Sanitation, dispensaries and jails vaccination Rajputana 1922-1927 - 1922-1927
Year: 1922
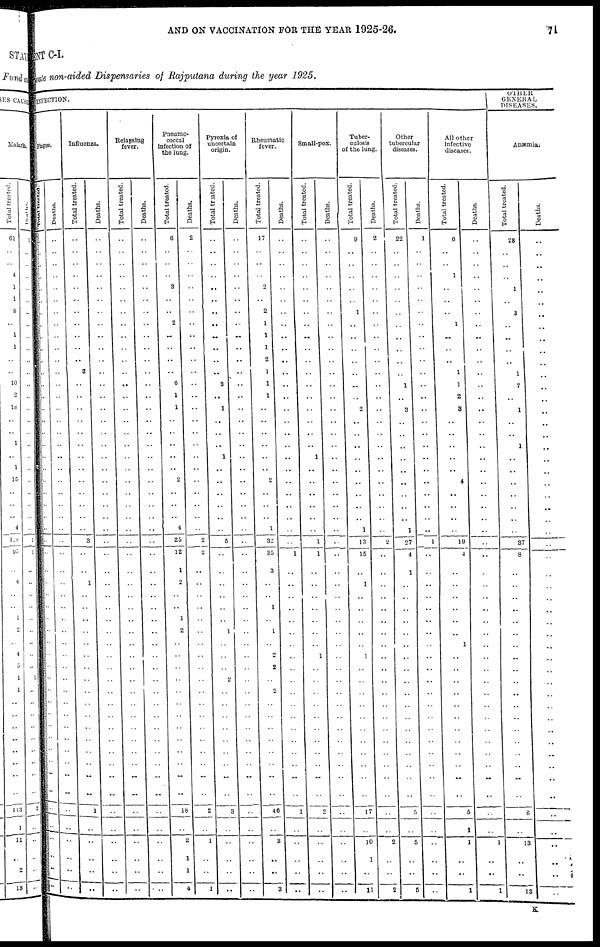
AND ON VACCINATION FOR THE YEAR 1925-26.
71
MENT C-I.
Private non-aided Dispensaries of Rajputana during the year 1925.
INFECTION.
Plague.
Total
treated.
..
..
..
..
..
..
..
..
..
..
..
..
..
..
..
..
..
..
..
..
..
..
..
..
..
..
..
..
..
..
..
..
..
..
..
..
..
..
..
..
..
..
..
..
..
..
..
..
..
..
..
..
Deaths.
..
..
..
..
..
..
..
..
..
..
..
..
..
..
..
..
..
..
..
..
..
..
..
..
..
..
..
..
..
..
..
..
..
..
..
..
..
..
..
..
..
..
..
..
..
..
..
..
..
..
..
..
Influenza.
Total treated.
..
..
..
..
..
..
..
..
..
..
..
3
..
..
..
..
..
..
..
..
..
..
..
..
..
3
..
..
1
..
..
..
..
..
..
..
..
..
..
..
..
..
..
..
..
..
1
..
..
..
..
..
Deaths.
..
..
..
..
..
..
..
..
..
..
..
..
..
..
..
..
..
..
..
..
..
..
..
..
..
..
..
..
..
..
..
..
..
..
..
..
..
..
..
..
..
..
..
..
..
..
..
..
..
..
..
..
Relapsing
fever.
Total treated.
..
..
..
..
..
..
..
..
..
..
..
..
..
..
..
..
..
..
..
..
..
..
..
..
..
..
..
..
..
..
..
..
..
..
..
..
..
..
..
..
..
..
..
..
..
..
..
..
..
..
..
..
Deaths.
..
..
..
..
..
..
..
..
..
..
..
..
..
..
..
..
..
..
..
..
..
..
..
..
..
..
..
..
..
..
..
..
..
..
..
..
..
..
..
..
..
..
..
..
..
..
..
..
..
..
..
..
Pneumo-
coccal
infection of
the lung.
Total treated.
6
..
..
..
3
..
..
2
..
..
..
..
6
1
1
..
..
..
..
..
2
..
..
..
4
25
12
1
2
..
..
1
2
..
..
..
..
..
..
..
..
..
..
..
..
..
18
..
2
1
1
4
Deaths.
2
..
..
..
..
..
..
..
..
..
..
..
..
..
..
..
..
..
..
..
..
..
..
..
..
2
2
..
..
..
..
..
..
..
..
..
..
..
..
..
..
..
..
..
..
..
2
..
1
..
..
1
Pyrexia of
uncertain
origin.
Total treated.
..
..
..
..
..
..
..
..
..
..
..
..
3
..
1
..
..
..
1
..
..
..
..
..
..
5
..
..
..
..
..
..
1
..
..
..
2
..
..
..
..
..
..
..
..
..
3
..
..
..
..
..
Deaths.
..
..
..
..
..
..
..
..
..
..
..
..
..
..
..
..
..
..
..
..
..
..
..
..
..
..
..
..
..
..
..
..
..
..
..
..
..
..
..
..
..
..
..
..
..
..
..
..
..
..
..
..
Rheumatic
fever.
Total treated.
17
..
..
..
2
..
2
1
1
1
2
1
1
1
..
..
..
..
..
..
2
..
..
..
1
32
35
3
..
..
1
..
1
..
2
2
..
2
..
..
..
..
..
..
..
..
46
..
3
..
..
3
Deaths.
..
..
..
..
..
..
..
..
..
..
..
..
..
..
..
..
..
..
..
..
..
..
..
..
..
..
1
..
..
..
..
..
..
..
..
..
..
..
..
..
..
..
..
..
..
..
1
..
..
..
..
..
Small-pox.
Total treated.
..
..
..
..
..
..
..
..
..
..
..
..
..
..
..
..
..
..
1
..
..
..
..
..
..
1
1
..
..
..
..
..
..
..
1
..
..
..
..
..
..
..
..
..
..
..
2
..
..
..
..
..
Deaths.
..
..
..
..
..
..
..
..
..
..
..
..
..
..
..
..
..
..
..
..
..
..
..
..
..
..
..
..
..
..
..
..
..
..
..
..
..
..
..
..
..
..
..
..
..
..
..
..
..
..
..
..
Tuber-
culosis
of the lung.
Total treated.
9
..
..
..
..
..
1
..
..
..
..
..
..
..
2
..
..
..
..
..
..
..
..
..
1
13
15
..
1
..
..
..
..
..
1
..
..
..
..
..
..
..
..
..
..
..
17
..
10
1
..
11
Deaths.
2
..
..
..
..
..
..
..
..
..
..
..
..
..
..
..
..
..
..
..
..
..
..
..
..
2
..
..
..
..
..
..
..
..
..
..
..
..
..
..
..
..
..
..
..
..
..
..
2
..
..
2
Other
tubercular
diseases.
Total treated.
22
..
..
..
..
..
..
..
..
..
..
..
1
..
3
..
..
..
..
..
..
..
..
..
1
27
4
1
..
..
..
..
..
..
..
..
..
..
..
..
..
..
..
..
..
..
5
..
5
..
..
5
Deaths.
1
..
..
..
..
..
..
..
..
..
..
..
..
..
..
..
..
..
..
..
..
..
..
..
..
1
..
..
..
..
..
..
..
..
..
..
..
..
..
..
..
..
..
..
..
..
..
..
..
..
..
..
All other
infective
diseases.
Total treated.
6
..
..
1
..
..
..
1
..
..
..
1
1
2
3
..
..
..
..
..
4
..
..
..
..
19
4
..
..
..
..
..
..
1
..
..
..
..
..
..
..
..
..
..
..
..
5
1
1
..
..
1
Deaths.
..
..
..
..
..
..
..
..
..
..
..
..
..
..
..
..
..
..
..
..
..
..
..
..
..
..
..
..
..
..
..
..
..
..
..
..
..
..
..
..
..
..
..
..
..
..
..
..
1
..
..
1
OTHER
GENERAL
DISEASES.
Anæmia.
Total treated.
28
..
..
..
1
..
3
..
..
..
..
1
7
..
1
..
..
1
..
..
..
..
..
..
..
37
8
..
..
..
..
..
..
..
..
..
..
..
..
..
..
..
..
..
..
..
8
..
13
..
..
13
Deaths.
..
..
..
..
..
..
..
..
..
..
..
..
..
..
..
..
..
..
..
..
..
..
..
..
..
..
..
..
..
..
..
..
..
..
..
..
..
..
..
..
..
..
..
..
..
..
..
..
..
..
..
..
K